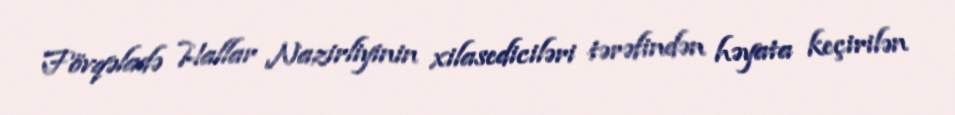
Fövqəladə Hallar Nazirliyinin xilasediciləri tərəfindən həyata keçirilən